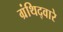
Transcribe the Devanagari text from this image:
ग्रंथिद्वारे